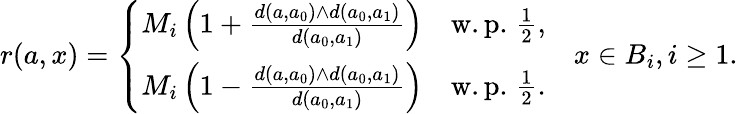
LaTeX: r(a,x)=\left\{ \begin{array}{ll}{M_{i}\left(1+\frac{d(a,a_{0})\wedge d(a_{0},a_{1})}{d(a_{0},a_{1})}\right)}&{\mathrm{w.p.}\; \frac{1}{2},}\\ {M_{i}\left(1-\frac{d(a,a_{0})\wedge d(a_{0},a_{1})}{d(a_{0},a_{1})}\right)}&{\mathrm{w.p.}\; \frac{1}{2}.}\end{array}\right.\quad x\in B_{i},i\geq 1.